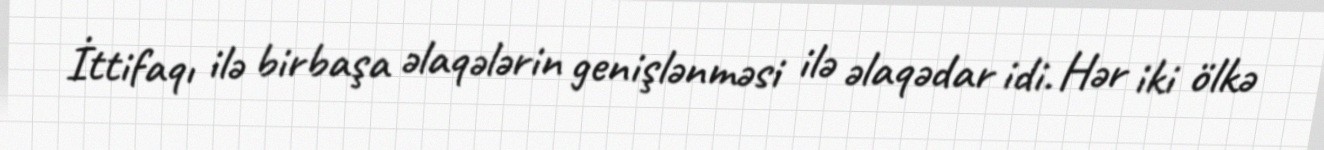
İttifaqı ilə birbaşa əlaqələrin genişlənməsi ilə əlaqədar idi. Hər iki ölkə